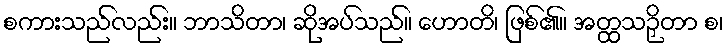
စကားသည်လည်း။ ဘာသိတာ၊ ဆိုအပ်သည်။ ဟောတိ၊ ဖြစ်၏။ အတ္ထသဉှိတာ စ၊